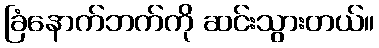
ခြံနောက်ဘက်ကို ဆင်းသွားတယ်။